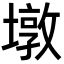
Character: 墩